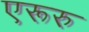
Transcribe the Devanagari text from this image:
एरूरु